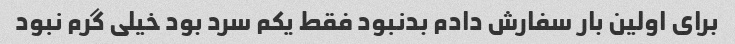
برای اولین بار سفارش دادم بدنبود فقط یکم سرد بود خیلی گرم نبود